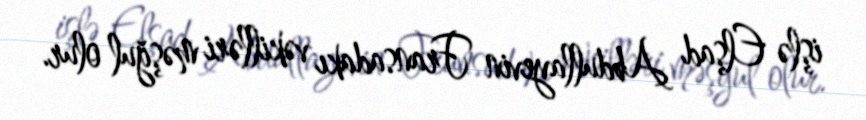
işlə Elşad Abdullayevin Fransadakı vəkilləri məşğul olur.